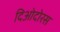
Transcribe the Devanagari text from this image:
दिओदोरस